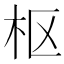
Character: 枢